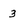
Character: 3